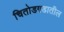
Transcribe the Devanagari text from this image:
चितोडगडातील